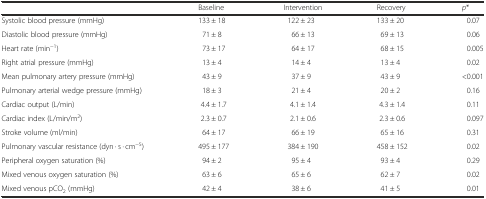
<table><thead><tr><td></td><td><b>Baseline</b></td><td><b>Intervention</b></td><td><b>Recovery</b></td><td><b><i>p</i>*</b></td></tr></thead><tbody><tr><td>Systolic blood pressure (mmHg)</td><td>133 ± 18</td><td>122 ± 23</td><td>133 ± 20</td><td>0.07</td></tr><tr><td>Diastolic blood pressure (mmHg)</td><td>71 ± 8</td><td>66 ± 13</td><td>69 ± 13</td><td>0.06</td></tr><tr><td>Heart rate (min<sup>−1</sup>)</td><td>73 ± 17</td><td>64 ± 17</td><td>68 ± 15</td><td>0.005</td></tr><tr><td>Right atrial pressure (mmHg)</td><td>13 ± 4</td><td>14 ± 4</td><td>13 ± 4</td><td>0.02</td></tr><tr><td>Mean pulmonary artery pressure (mmHg)</td><td>43 ± 9</td><td>37 ± 9</td><td>43 ± 9</td><td>&lt;0.001</td></tr><tr><td>Pulmonary arterial wedge pressure (mmHg)</td><td>18 ± 3</td><td>21 ± 4</td><td>20 ± 2</td><td>0.16</td></tr><tr><td>Cardiac output (L/min)</td><td>4.4 ± 1.7</td><td>4.1 ± 1.4</td><td>4.3 ± 1.4</td><td>0.11</td></tr><tr><td>Cardiac index (L/min/m<sup>2</sup>)</td><td>2.3 ± 0.7</td><td>2.1 ± 0.6</td><td>2.3 ± 0.6</td><td>0.097</td></tr><tr><td>Stroke volume (ml/min)</td><td>64 ± 17</td><td>66 ± 19</td><td>65 ± 16</td><td>0.31</td></tr><tr><td>Pulmonary vascular resistance (dyn · s · cm<sup>−5</sup>)</td><td>495 ± 177</td><td>384 ± 190</td><td>458 ± 152</td><td>0.02</td></tr><tr><td>Peripheral oxygen saturation (%)</td><td>94 ± 2</td><td>95 ± 4</td><td>93 ± 4</td><td>0.29</td></tr><tr><td>Mixed venous oxygen saturation (%)</td><td>63 ± 6</td><td>65 ± 6</td><td>62 ± 7</td><td>0.02</td></tr><tr><td>Mixed venous pCO<sub>2</sub> (mmHg)</td><td>42 ± 4</td><td>38 ± 6</td><td>41 ± 5</td><td>0.01</td></tr></tbody></table>